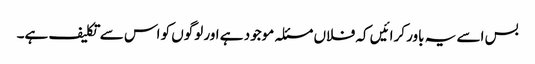
بس اسے یہ باور کرائیں کہ فلاں مسئلہ موجود ہے اور لوگوں کو اس سے تکلیف ہے۔